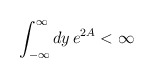
\begin{align*}\int_{-\infty} ^{\infty} dy \, e^{2A} < \infty\end{align*}